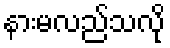
နားမလည်သလို